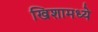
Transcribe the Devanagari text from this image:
खिशामध्ये